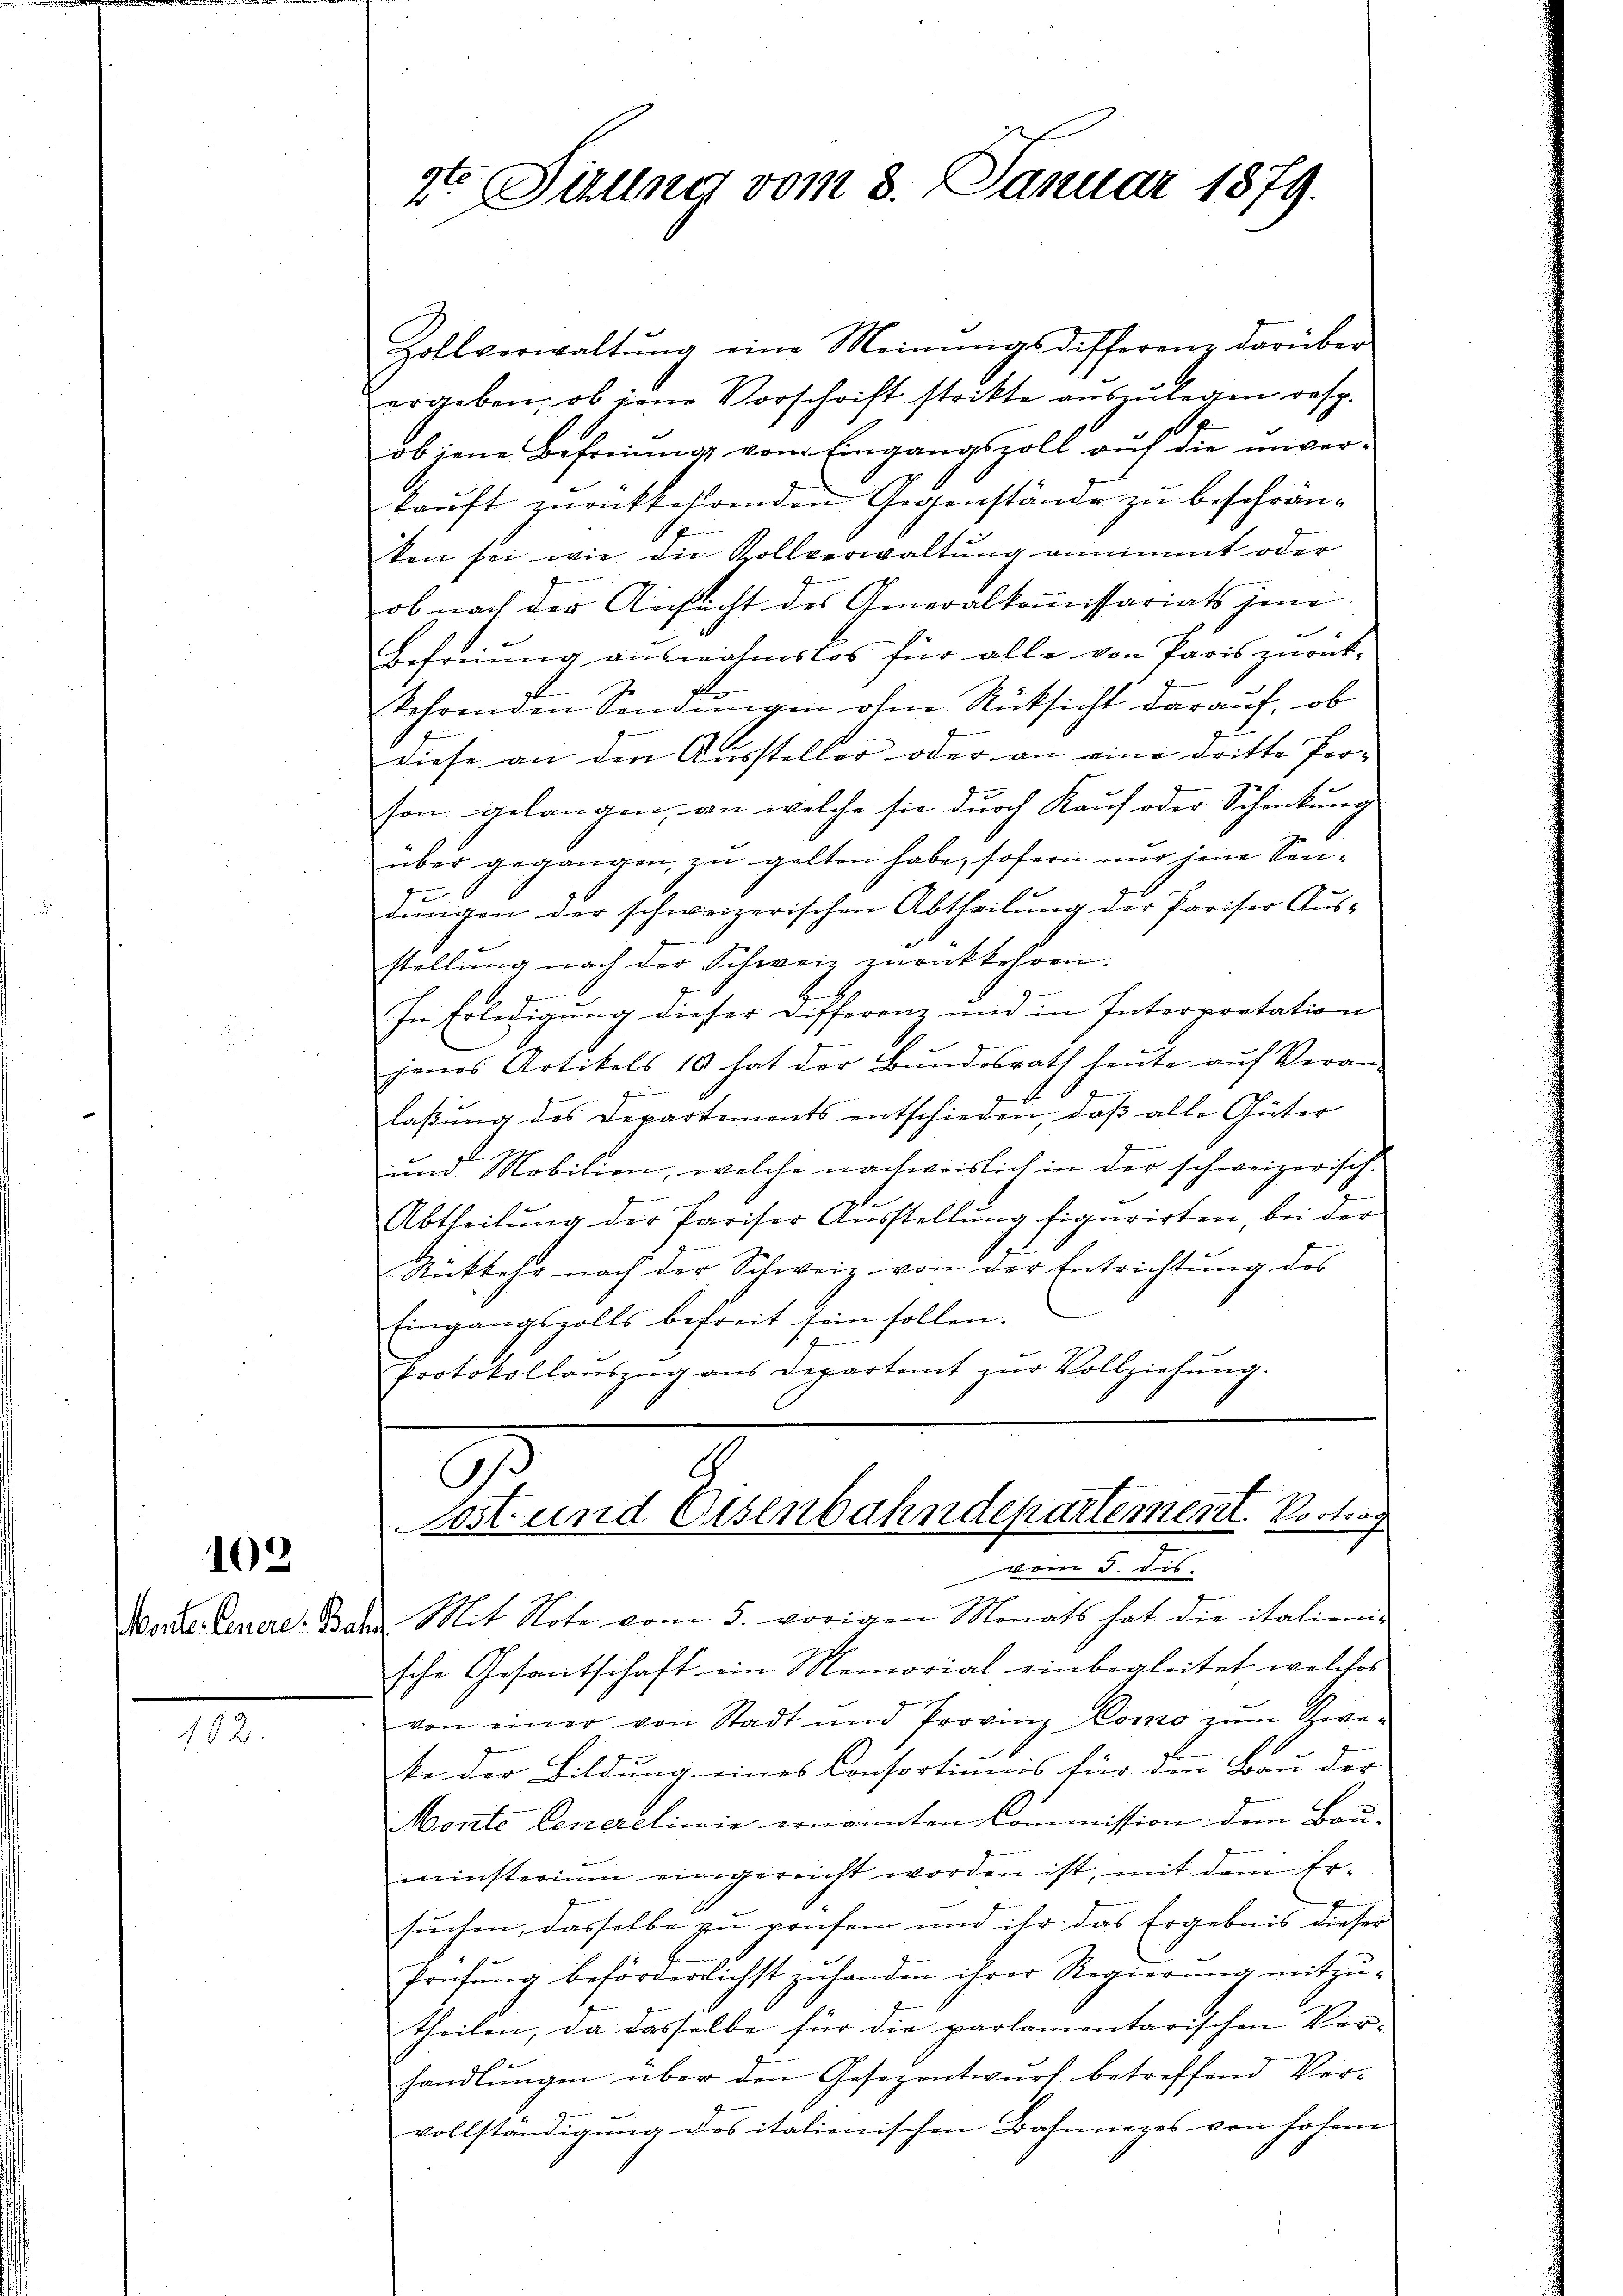
102

Monte. Genere: Ba

102.

2t Jillig vom 3. Januar 1879.

Zollverwaltŭng eine Meinŭngsdifferenz darüber
ergeben, ob jene Vorschrift strikte aŭszŭlegen resp.
.
10
ob jene Befreiung vom Eingangszoll auf die unverkauft zurückkehrenden Gegenstände zu beschränken sei wie die Rollverwaltung annimmt oder
ob nach der Ansicht des Generalkommissariats jene
Befreiung ausnahmslos für alle von Paris zurück-
kehrenden Sendungen ohne Rücksicht darauf, ob
diese an den Aussteller oder an eine dritte Per- |
son gelangen, an welche sie durch Kauf oder Schankung
über gegangen, zu gelten habe, sofern mir jene Sendŭngen der schweizerischen Abtheilŭng der Pariser Aŭs-
stellung nach der Schweiz zurückkehren.
f
In Erledigung dieser Differenz und in Interpretation
jenes Artikels 10 hat der Bŭndesrath heŭte aŭf Veran-
laßung des Departements entschieden, daß alle Güter
und Mobilien, welche nachweislich in der schweizerisch-
d
S
Abtheilŭng der Pariser Aŭsstellŭng figurirten bei der
Rükkehr nach der Schweiz von der Entrichtung des
Eingangszolls befreit sein sollen.
Protokollaŭszŭg ans Departamt zŭr Vollziehŭng.

g
tost und Eisenbahndepartement. Vorträg
vom 5. dis.

Mit Note vom 5. vorigen Monats hat die italieni-
sche Gesantschaft ein Memorial einbegleitet, welches
von einer von Stadt und Provinz Como zum Zwe-
ke der Bildung eines Consortiumis für den Bau der
Morite Generelinie ernannten Commission: dem Bau-
minsterium eingereicht worden ist, mit dem Ersuchen, dasselbe zu prüfen und ihr das Ergebnis dieser
Prüfŭng beförderlichst zŭ handen ihrer Regierung mitzu-
theilen, da dasselbe für die parlamentarischen Vorhandlungen über den Gesezentwurf betreffend Ver-
vollständigung des italienischen Bahnnezes von hohem